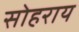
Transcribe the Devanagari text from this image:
सोहराय